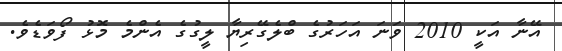
އޭނާ އަކީ 2010 ވަނަ އަހަރުގެ ބްލެގޭރިޔާ ލީގުގެ އެންމެ މޮޅު ފޯވަޑެވެ.